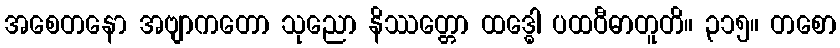
အစေတနော အဗျာကတော သုညော နိဿတ္တော ထဒ္ဓေါ ပထဝီဓာတူတိ။ ၃၁၅။ တစော